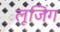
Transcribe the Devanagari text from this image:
लूजिंग